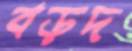
বড়দ